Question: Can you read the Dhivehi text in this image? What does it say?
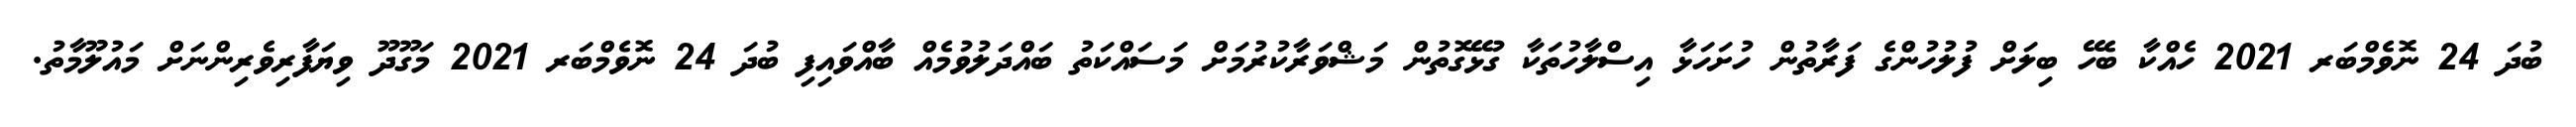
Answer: ބުދަ 24 ނޮވެމްބަރ 2021 ހެއްކާ ބެހޭ ބިލަށް ފުލުހުންގެ ފަރާތުން ހުށަހަޅާ އިސްލާހުތަކާ ގުޅޭގޮތުން މަޝްވަރާކުރުމަށް މަސައްކަތު ބައްދަލުވުމެއް ބާއްވައިފި ބުދަ 24 ނޮވެމްބަރ 2021 މަގޫދޫ ވިޔަފާރިވެރިންނަށް މައުލޫމާތު.